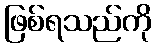
ဖြစ်ရသည်ကို